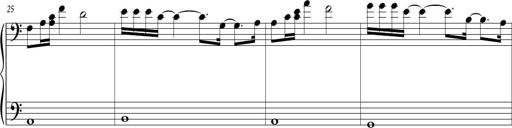
Title: Sonatina in C major
Composer: Or Vaitzman
Key: C major